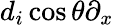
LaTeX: d_{i}\cos\theta\partial_{x}